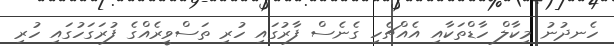
ހެނދުނު މިކާލް ހާޑްތަކާއި އެއްޗެހި ގެނެސް ފާރުގައި ހުރި ތަސްވީރެއްގެ ފުރަގަހުގައި ހުރި